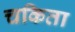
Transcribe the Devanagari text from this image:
चकिता